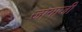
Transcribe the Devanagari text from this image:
जागाजी